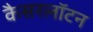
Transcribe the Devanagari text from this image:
कैसरलॉटन